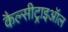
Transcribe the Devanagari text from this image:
कैल्सीट्राइऑल